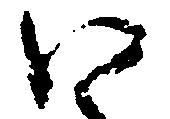
い